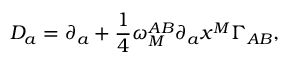
{ \cal D } _ { a } = \partial _ { a } + { \frac { 1 } { 4 } } \omega _ { M } ^ { A B } \partial _ { a } x ^ { M } \Gamma _ { A B } ,